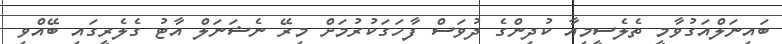
ބައިނަލްއަގުވާމީ ތެލެސީމިއާ ކުދިންގެ ދުވަސް ފާހަގަކުރުމަށް މިރޭ ނެޝަނަލް އާޓު ގެލެރީގައި ބޭއްވި